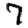
Digit: 7